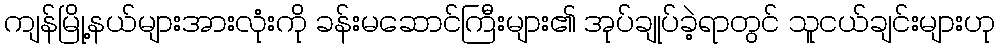
ကျန်မြို့နယ်များအားလုံးကို ခန်းမဆောင်ကြီးများ၏ အုပ်ချုပ်ခဲ့ရာတွင် သူငယ်ချင်းများဟု